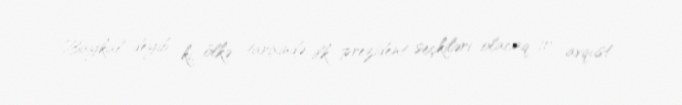
Baykal deyib ki, ölkə tarixində ilk prezident seçkiləri olacaq 10 avqust